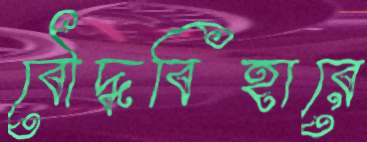
বৌদ্ধবিহারে